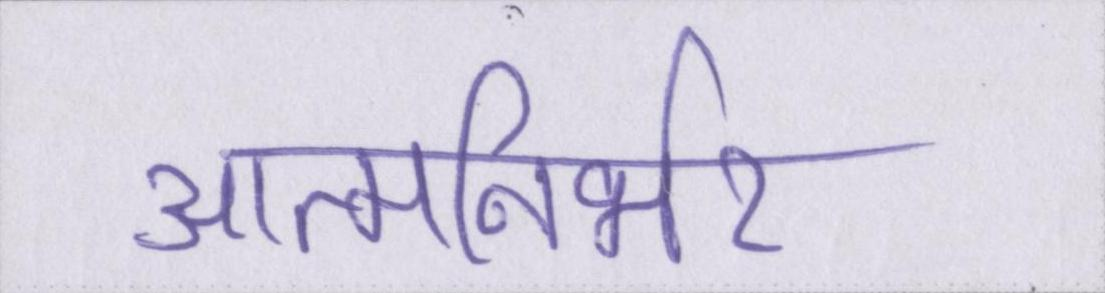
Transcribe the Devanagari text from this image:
आत्मनिर्भर